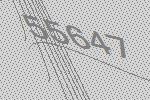
55647